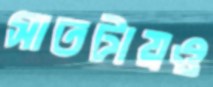
সাতটায়ও